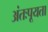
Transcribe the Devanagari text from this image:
अंतःपूयता